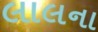
લાલના